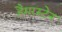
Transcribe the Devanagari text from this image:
हैमरस्टेन